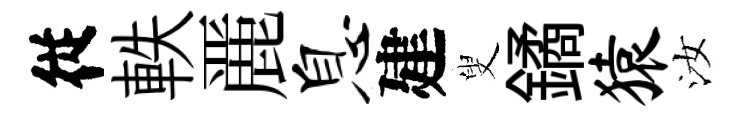
従軼䴡息建叟鐍猿汝